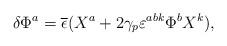
LaTeX: \begin{align*}\delta \Phi^a= \overline \epsilon (X^a +2\gamma_p \varepsilon^{abk} \Phi^b X^k) ,\end{align*}